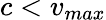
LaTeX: c<v_{max}